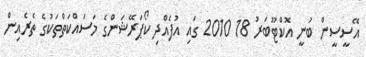
އޭސީސީން ބުނީ އޮކްޓޫބަރު 18 2010 ގައި އުފެއްދި ކޯޕަރޭޝަންގެ މަސައްކަތްތަކުގެ ތެރެއިން